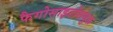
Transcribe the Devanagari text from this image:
फैगोसाइटोसयुक्त